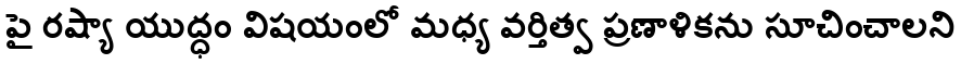
పై రష్యా యుద్ధం విషయంలో మధ్య వర్తిత్వ ప్రణాళికను సూచించాలని